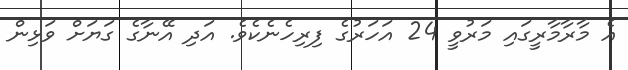
އެ މާރާމާރީގައި މަރުވީ 24 އަހަރުގެ ފިރިހެނެކެވެ. އަދި އޭނާގެ ގަޔަށް ވަޅިން